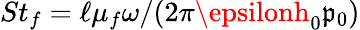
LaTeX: St_{f}=\ell\mu_{f}\omega/(2\pi\epsilonh_{0}\mathfrak{p}_{0})